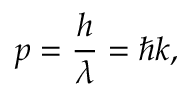
p = { \frac { h } { \lambda } } = \hbar k ,